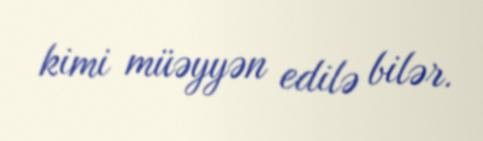
kimi müəyyən edilə bilər.